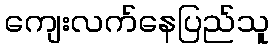
ကျေးလက်နေပြည်သူ